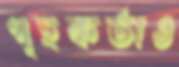
গৃহকর্তাও